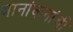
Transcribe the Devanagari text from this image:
मानांकनांची